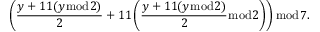
\left( { \frac { y + 1 1 ( y { \bmod { 2 } } ) } { 2 } } + 1 1 \left( { \frac { y + 1 1 ( y { \bmod { 2 } } ) } { 2 } } { \bmod { 2 } } \right) \right) { \bmod { 7 } } .